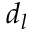
d _ { l }